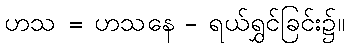
ဟသ = ဟသနေ - ရယ်ရွှင်ခြင်း၌။